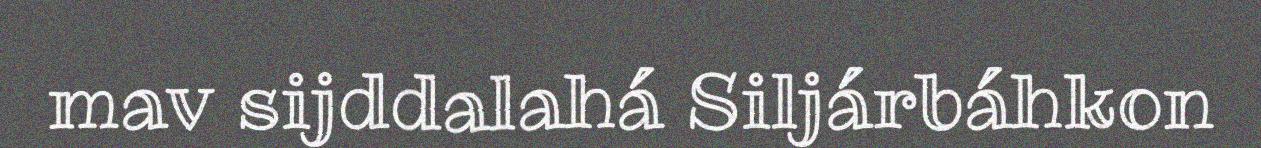
mav sijddalahá Siljárbáhkon